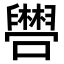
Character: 𫬴